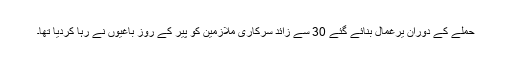
حملے کے دوران یرغمال بنائے گئے 30 سے زائد سرکاری ملازمین کو پیر کے روز باغیوں نے رہا کردیا تھا۔